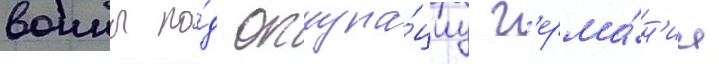
воины по́д оккупа́циу г'ерма́н'ии